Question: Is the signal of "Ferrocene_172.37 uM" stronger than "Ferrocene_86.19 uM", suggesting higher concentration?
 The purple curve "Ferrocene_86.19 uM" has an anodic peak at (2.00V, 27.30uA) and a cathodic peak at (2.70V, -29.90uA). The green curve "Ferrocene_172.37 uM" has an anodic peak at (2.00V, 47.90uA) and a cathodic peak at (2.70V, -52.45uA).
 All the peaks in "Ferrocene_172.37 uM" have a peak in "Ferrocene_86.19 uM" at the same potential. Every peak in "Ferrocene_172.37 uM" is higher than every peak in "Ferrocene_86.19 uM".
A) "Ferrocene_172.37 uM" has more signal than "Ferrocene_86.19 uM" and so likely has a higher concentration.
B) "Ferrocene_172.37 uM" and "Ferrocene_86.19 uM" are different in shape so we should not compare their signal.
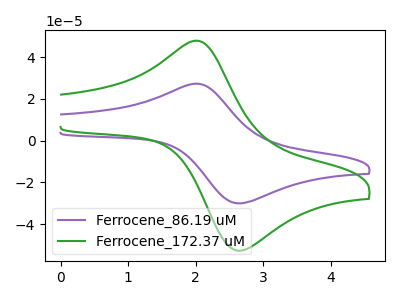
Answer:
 <answer>A) "Ferrocene_172.37 uM" has more signal than "Ferrocene_86.19 uM" and so likely has a higher concentration.</answer>
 <eval>A</eval>